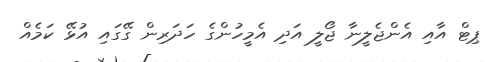
ޕިޓް އާއި އެންޖެލީނާ ޖޯލީ އަދި އެމީހުންގެ ހަދަރިން ގޭގައި އުޅޭ ކަމެއް